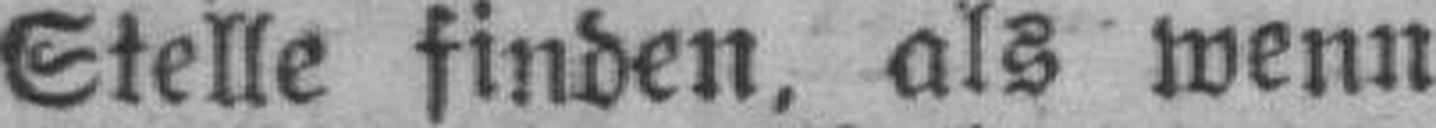
Stelle finden, als wenn